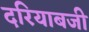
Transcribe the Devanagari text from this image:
दरियाबजी